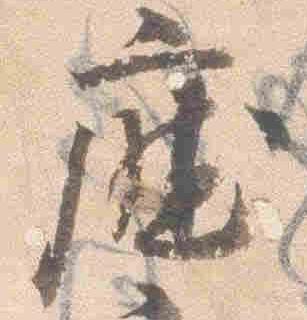
庁